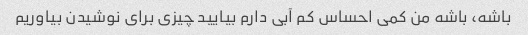
باشه، باشه من کمی احساس کم آبی دارم بیایید چیزی برای نوشیدن بیاوریم